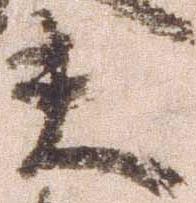
夫